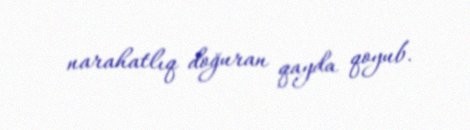
narahatlıq doğuran qayda qoyub.